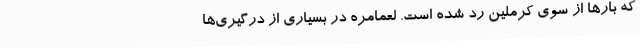
که بارها از سوی کرملین رد شده است. لعمامره در بسیاری از درگیری‌ها